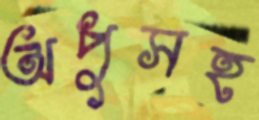
অপুসহ